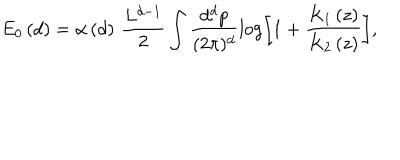
LaTeX: E _ { 0 } \left( d \right) = \alpha \left( d \right) \, \frac { L ^ { d - 1 } } { 2 } \int \frac { d ^ { d } p } { ( 2 \pi ) ^ { d } } \log \left[ 1 + \frac { K _ { 1 } \left( z \right) } { K _ { 2 } \left( z \right) } \right] ,